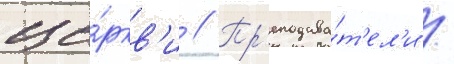
це́ркв'и // Пр'еподава́т'ел'и /